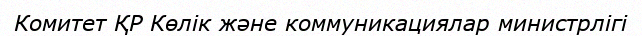
Комитет ҚР Көлік және коммуникациялар министрлігі